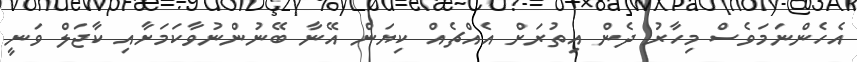
އެހެންނަމަވެސް މިހާރު ދެން އިތުރަށް އެއްޗެއް ކިޔަން އޭނާ ބޭނުންނުވާކަމަށާއި ކާޖަލް ވަނީ